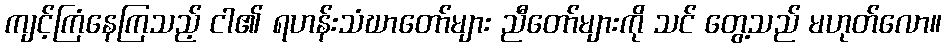
ကျင့်ကြံနေကြသည့် ငါ၏ ရဟန်းသံဃာတော်များ ညီတော်များကို သင် တွေ့သည် မဟုတ်လော။